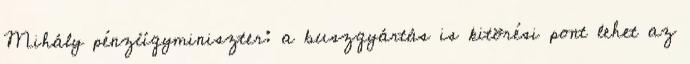
Mihály pénzügyminiszter: a buszgyártás is kitörési pont lehet az